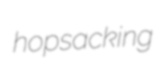
hopsacking